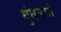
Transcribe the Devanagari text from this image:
धुंधलाते